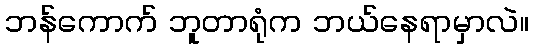
ဘန်ကောက် ဘူတာရုံက ဘယ်နေရာမှာလဲ။